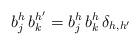
\begin{align*}b^h_j\,b_k^{h'}=b^h_j\,b^h_k\,\delta_{h,h'}\end{align*}